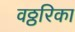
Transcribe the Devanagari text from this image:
वठ्ठरिका